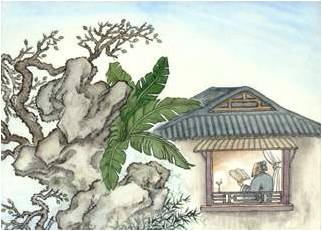
欲寻芳草去，惜与故人违。